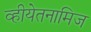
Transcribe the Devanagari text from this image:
व्हीयेतनामिज